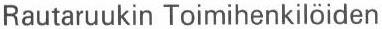
Rautaruukin Toimihenkilöiden